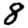
Digit: 8